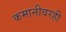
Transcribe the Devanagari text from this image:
कमानीवरही